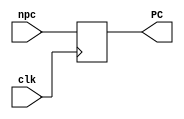
`timescale 1ns / 1ps

////////////////////////////////////////////////////////////////////////////////
// Company:       California State University San Bernardino
//
// Module Name:   PC
// Project Name:  MIPS 
// Description:   MIPS PC implementation in verilog.
//
// Dependencies:  None
//
////////////////////////////////////////////////////////////////////////////////

module PC(input clk, input [31:0] npc, output reg [31:0] PC);
	// Set PC initially to 0.
	initial begin
		PC <= 0;
	end

	// Update PC with the new PC value.
	always @ (posedge clk)
	begin
		PC <= npc;
	end
endmodule